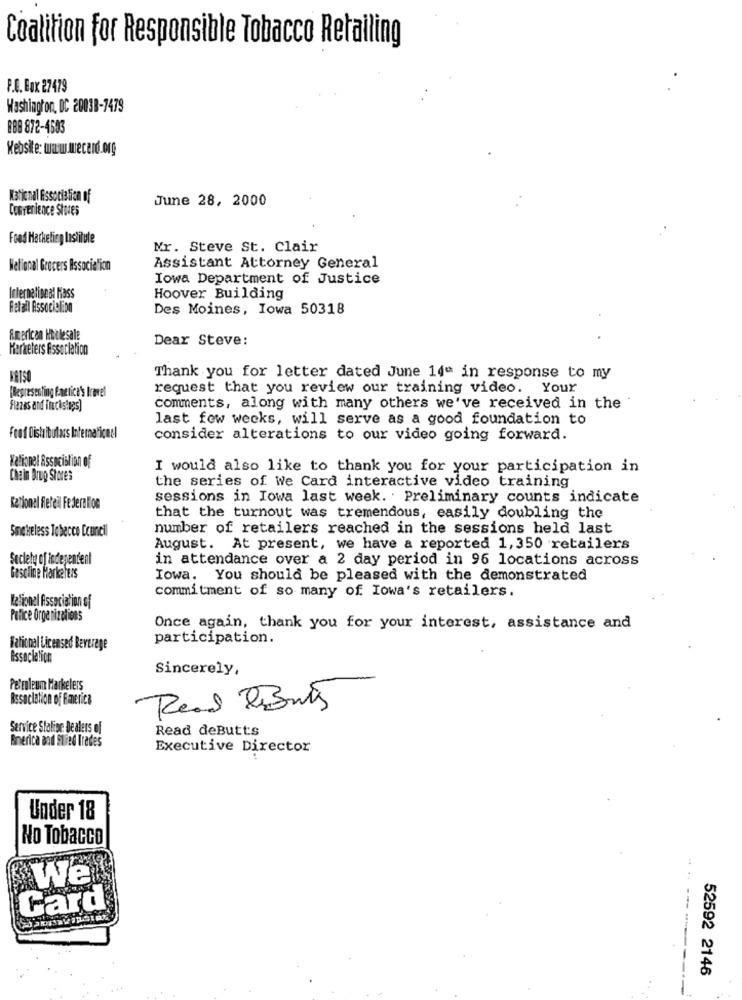
Coalition for Responsible Tobacco Retailing
P.O. Box 27479
Washington, DC 20038-7479
888 872-4583
Website: www.wecard.org
National Association of
June 28, 2000
Convenience Stores
Food Marketing Institute
Mr. Steve St. Clair
Netional Grocers Associelion
Assistant Attorney General
Iowa Department of Justice
International Hass
Hoover Building
Retail Associelion
Des Moines, Iowa 50318
American Holesale
Dear Steve:
Marketers Association
BATSE
Thank you for letter dated June 14" in response to my
[Representing Emerica's Iravel
request that you review our training video. Your
Flazes and Trucisings]
comments, along with many others we've received in the
last few weeks, will serve as a good foundation to
Foof Distributors Internaficael
consider alterations to our video going forward.
National Association of
I would also like to thank you for your participation in
Chain Brug Stores
the series of We Card interactive video training
sessions in Iowa last week. . Preliminary counts indicate
Rationel Rereil Federalion
that the turnout was tremendous, easily doubling the
Sacheless Tobecce Council
number of retailers reached in the sessions held last
August. At present, we have a reported 1,350 retailers
Society of independent
in attendance over a 2 day period in 96 locations across
Gasoline Harketers
Iowa. You should be pleased with the demonstrated
commitment of so many of Iowa's retailers.
Kelionel Association of
Police Organizations
Once again, thank you for your interest, assistance and
participation.
Tational Licensed Beverage
Association
Sincerely,
Petroleum Marketers
Association of Emerica
Read RiButs
Service Staline Dealers of
Read deButts
America and Slied Trades
Executive Director
Under 18
No Tobacco
We
Card
52592 2146